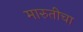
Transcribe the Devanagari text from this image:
मारुतीचा